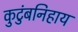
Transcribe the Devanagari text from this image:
कुटुंबनिहाय